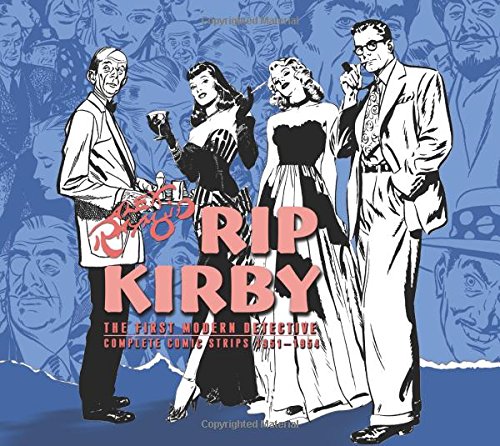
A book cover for Rip Kirby Volume 4; Alex Raymond; Humor & Entertainment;